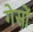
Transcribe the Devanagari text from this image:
गेसों